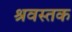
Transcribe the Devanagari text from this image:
श्रवस्तक